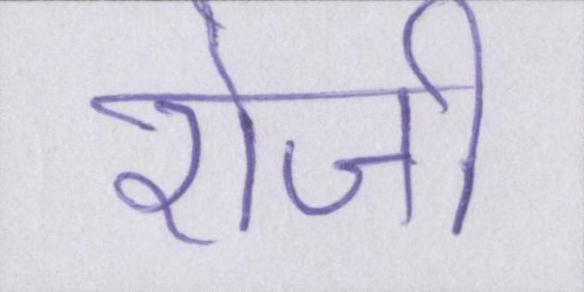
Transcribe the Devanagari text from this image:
रोजी